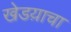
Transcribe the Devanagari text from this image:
खेडय़ाचा